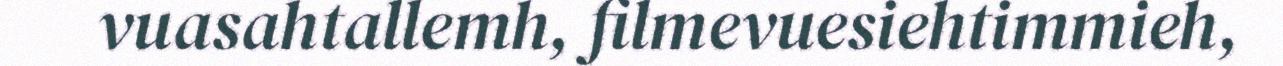
vuasahtallemh, filmevuesiehtimmieh,